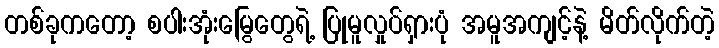
တစ်ခုကတော့ စပါးအုံးမြွေတွေရဲ့ ပြုမူလှုပ်ရှားပုံ အမူအကျင့်နဲ့ မိတ်လိုက်တဲ့